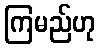
ကြမည်ဟု